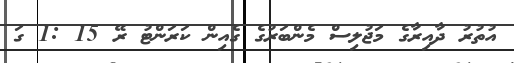
އުތުރު ދާއިރާގެ މަޖުލިސް މެންބަރުގެ ގެއިން ކަރަންޓު ރޭ 15 :1 ގަ